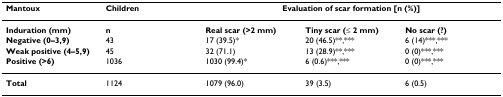
<table><thead><tr><td><b>Mantoux</b></td><td><b>Children</b></td><td colspan="3"><b>Evaluation of scar formation [n (%)]</b></td></tr></thead><tbody><tr><td><b>Induration (mm)</b></td><td><b>n</b></td><td><b>Real scar (&gt;2 mm)</b></td><td><b>Tiny scar (≤ 2 mm)</b></td><td><b>No scar (?)</b></td></tr><tr><td><b>Negative (0–3,9)</b></td><td>43</td><td>17 (39.5)*</td><td>20 (46.5)**,***</td><td>6 (14)***,***</td></tr><tr><td><b>Weak positive (4–5,9)</b></td><td>45</td><td>32 (71.1)</td><td>13 (28.9)**,***</td><td>0 (0)***,***</td></tr><tr><td><b>Positive (&gt;6)</b></td><td>1036</td><td>1030 (99.4)*</td><td>6 (0.6)***,***</td><td>0 (0)***,***</td></tr><tr><td><b>Total</b></td><td>1124</td><td>1079 (96.0)</td><td>39 (3.5)</td><td>6 (0.5)</td></tr></tbody></table>